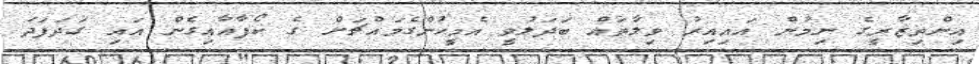
އިންތިޒާރީގެ ނިމުން އައިއިރު ވިލާތައް ބަދަލުވީ އެމީހުންގެމައްޗަށް ގެ ކޯފާއާއިގެން އައި ގަދަފަދަ